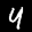
Label: 4